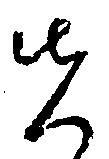
先